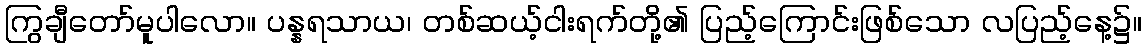
ကြွချီတော်မူပါလော။ ပန္နရသာယ၊ တစ်ဆယ့်ငါးရက်တို့၏ ပြည့်ကြောင်းဖြစ်သော လပြည့်နေ့၌။